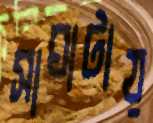
সাঘাটায়